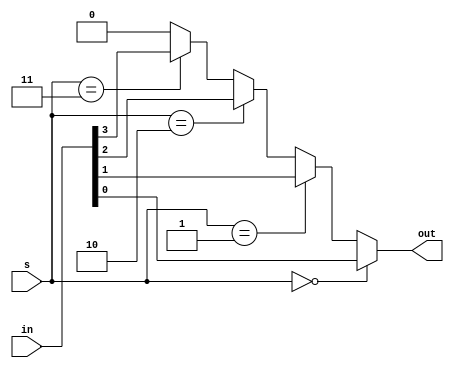
module fourbitmuxconditional(in, s, out);
	input wire[3: 0] in;
	input wire[1: 0] s;
	output wire out;
	assign out = s == 2'b00 ? in[0] : s == 2'b01 ? in[1] : s == 2'b10 ? in[2] : s == 2'b11 ? in[3] : 1'b0;
endmodule